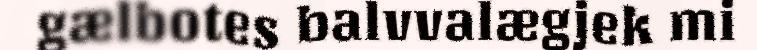
gælbotes balvvalægjek mi